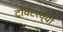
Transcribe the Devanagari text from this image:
ट्विटरच्या